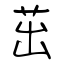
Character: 茁